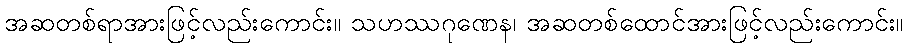
အဆတစ်ရာအားဖြင့်လည်းကောင်း။ သဟဿဂုဏေန၊ အဆတစ်ထောင်အားဖြင့်လည်းကောင်း။